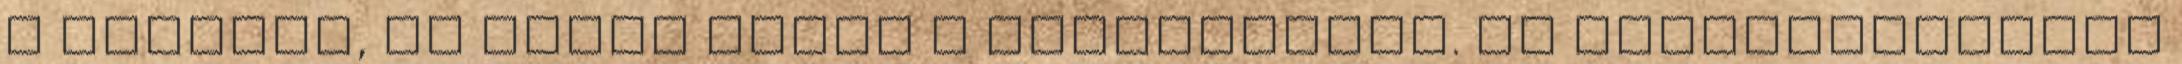
a vezetőt, ha jármű halad a holtterében. Ha parkolóhelyről